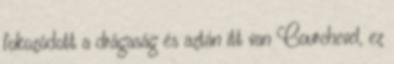
fokozódott a drágaság és aztán itt van Courchevel, ez